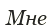
Мне